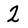
Character: 2